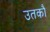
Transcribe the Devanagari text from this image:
उतकौ